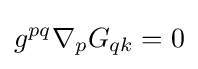
g^{pq}\nabla _{p}G_{qk}=0